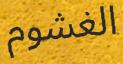
الغشوم